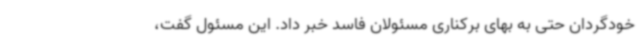
خودگردان حتی به بهای برکناری مسئولان فاسد خبر داد. این مسئول گفت،